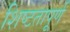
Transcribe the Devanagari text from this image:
शिष्टतापूर्ण